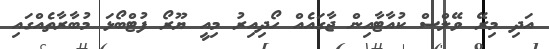
އަދި މިރޭ ވޭލްސް ކުއާޓާއިން ޖާގައެއް ހޯދިއިރު މިއީ ޔޫރޯ ފުޓްބޯޅަ މުބާރާތެއްގައި